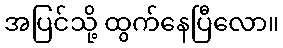
အပြင်သို့ ထွက်နေပြီလော။